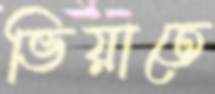
ভিয়াতে